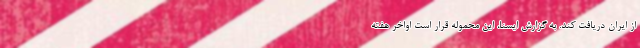
از ایران دریافت کند. به گزارش ایسنا، این محموله قرار است اواخر هفته